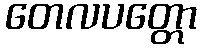
တေလပတ္တော